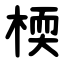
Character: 㮕